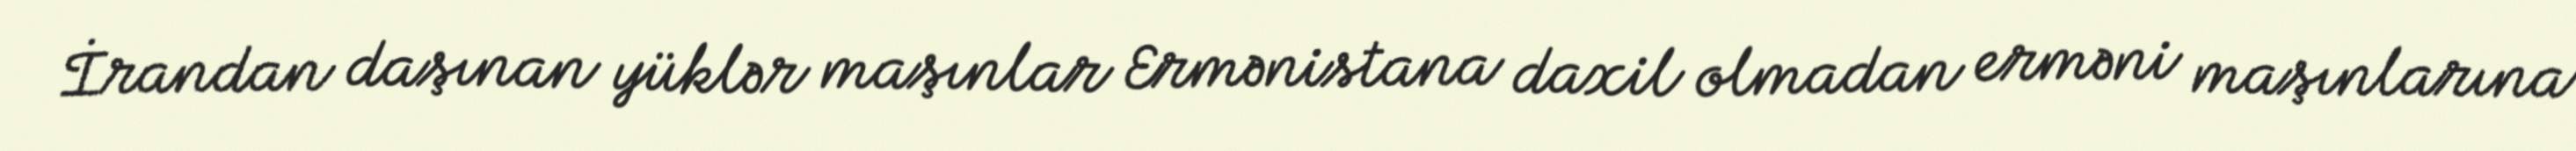
İrandan daşınan yüklər maşınlar Ermənistana daxil olmadan erməni maşınlarına